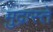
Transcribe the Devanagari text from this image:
मुद्रास्ते